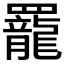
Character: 𫅍